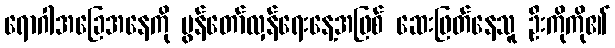
ရောဂါအခြေအနေကို မွန်တော်လှန်ရေးနေ့အဖြစ် ဆေးဖြတ်နေသူ ဦးကိုကို၏